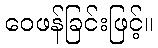
ဝေဖန်ခြင်းဖြင့်။